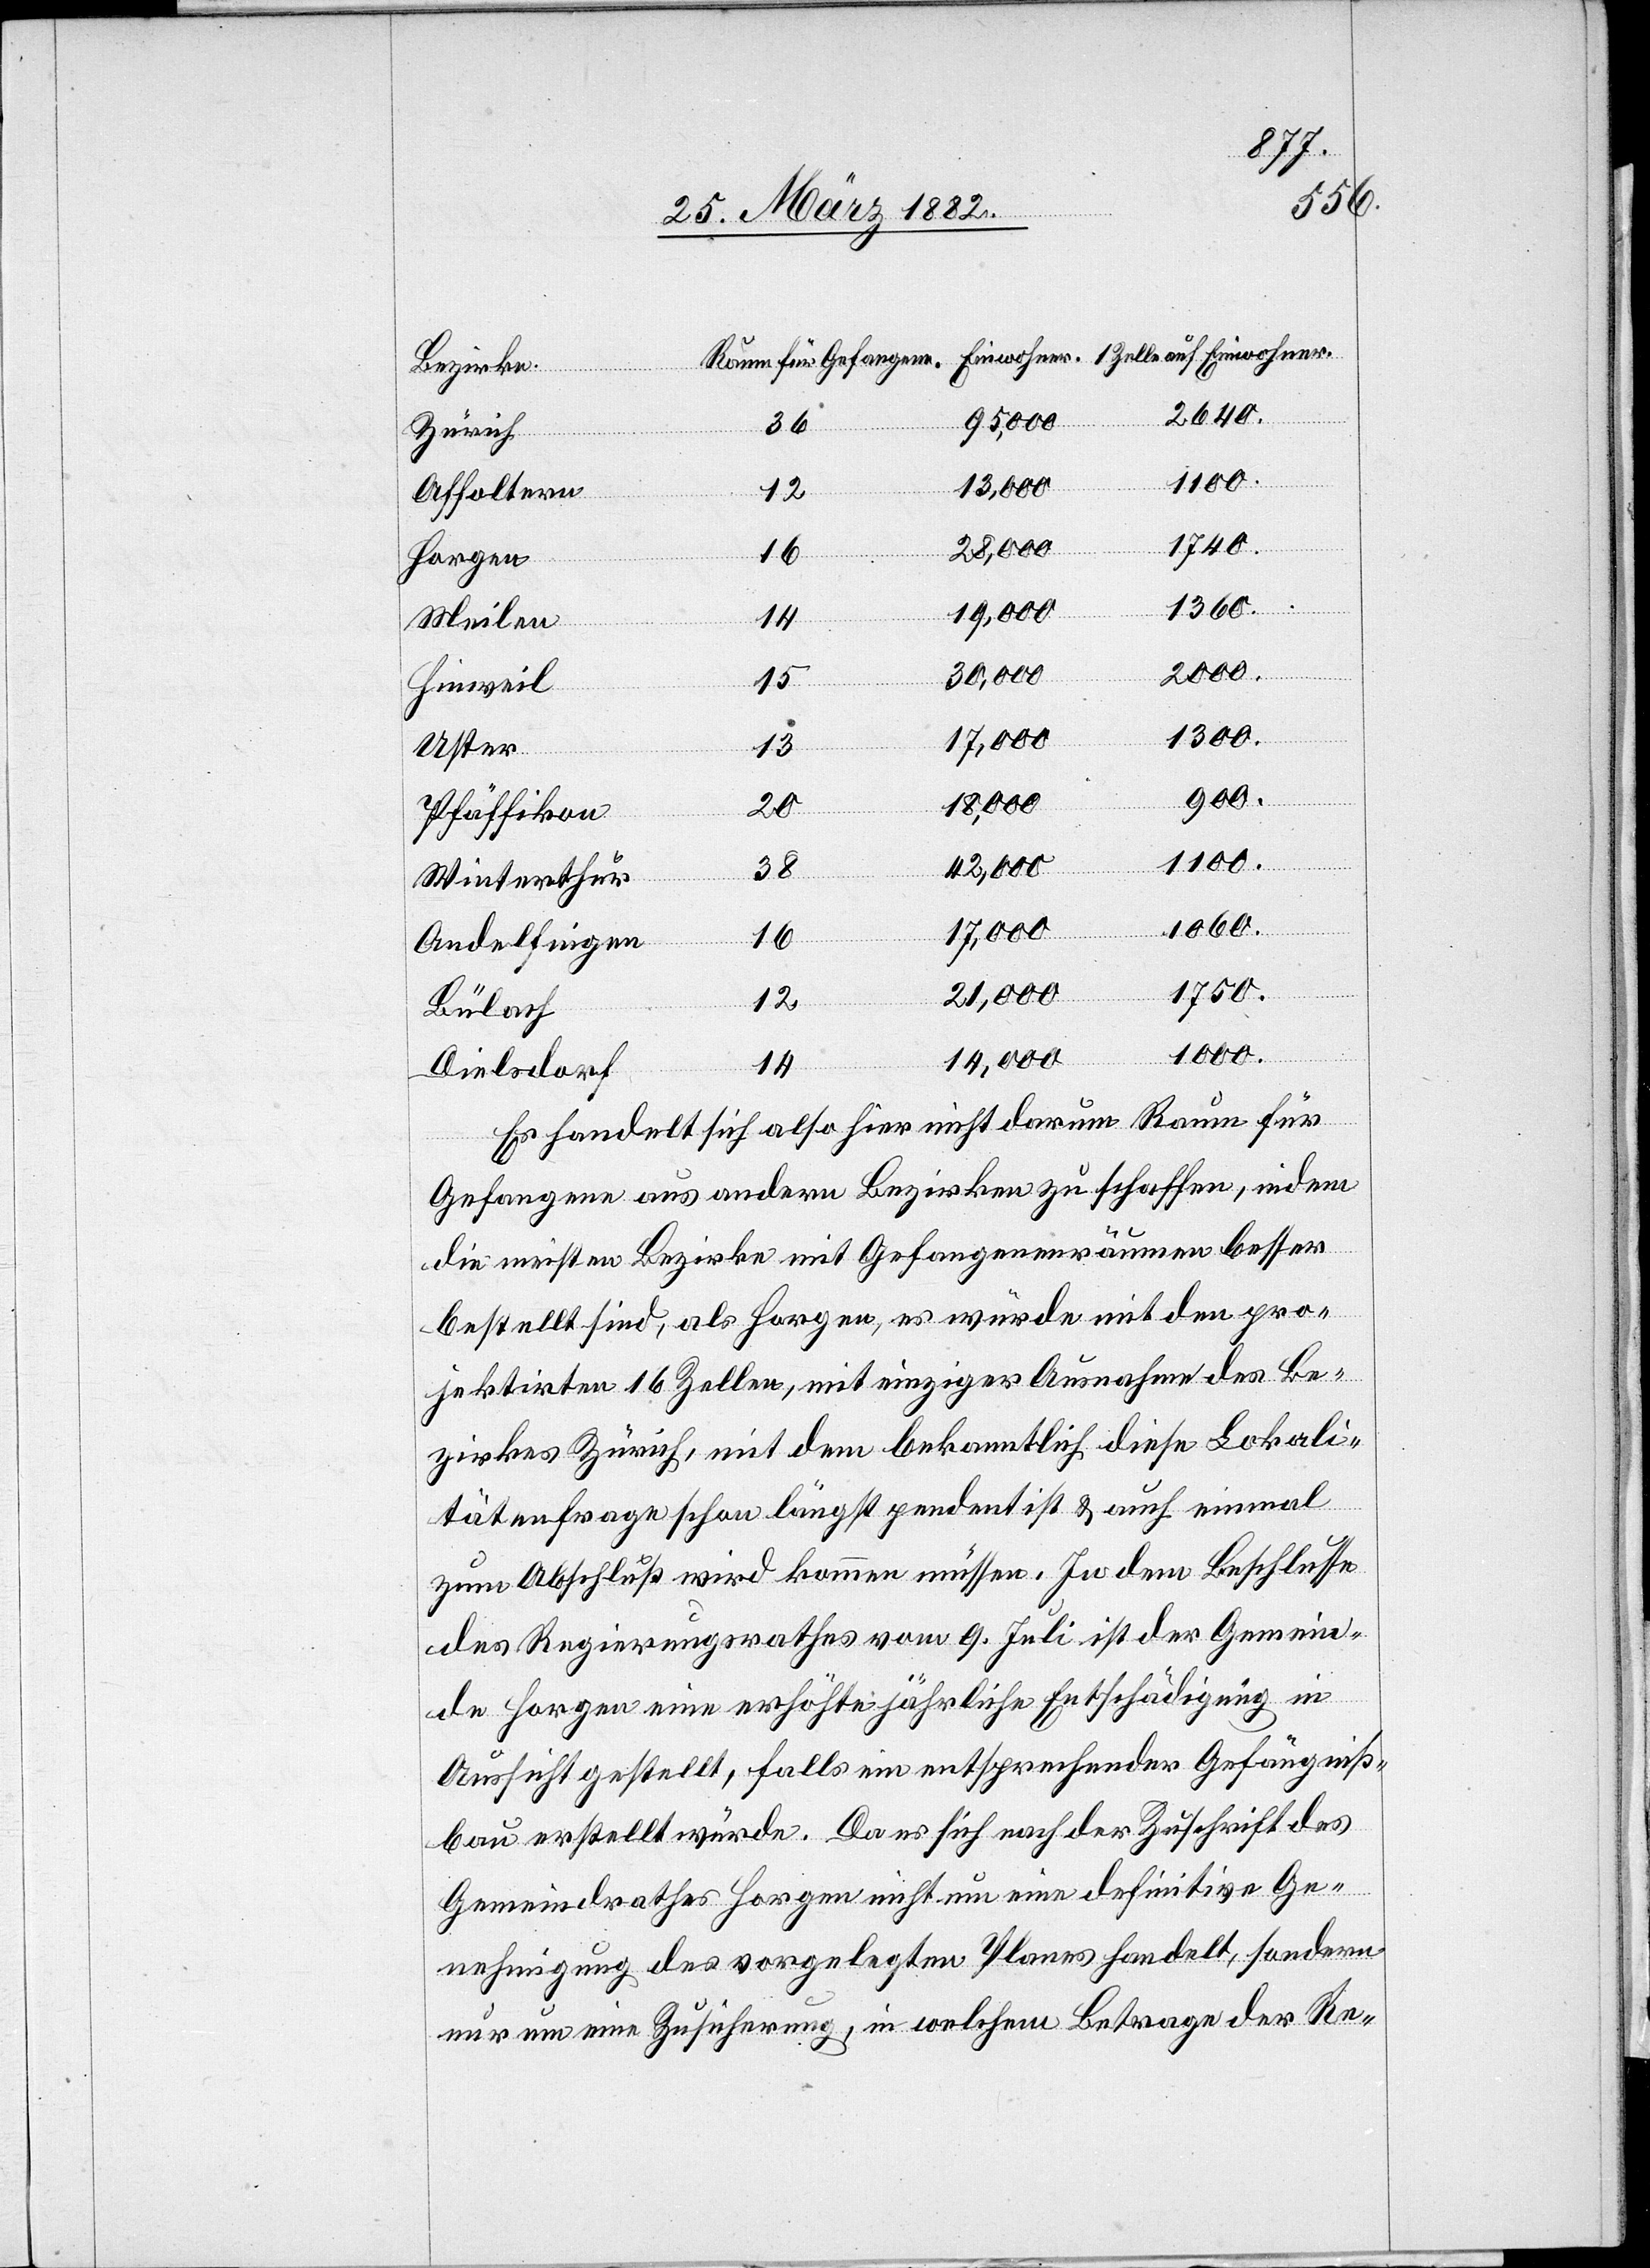
Bezirke:
2640.
14,000
36
Zürich
Affoltern
12
1740.
28,000
16
Horgen
19,000
Meilen
14
2000.
30,000
15
Hinweil
1300.
17,000
13
Uster
900.
38
Pfäffikon
1100.
auf
Ein¬
42,000
Winterthur
1060.
Andelfingen
1750.
21,000
12
Bülach
1000.
wohner.
14
Dielsdorf
Es handelt sich also hier nicht darum Raum für
Gefangene aus andern Bezirken zu schaffen, indem
die meisten Bezirke mit Gefangenenräumen besser
bestellt sind, als Horgen, es würde mit den pro¬
jektirten 16 Zellen, mit einziger Ausnahme des Be¬
zirkes Zürich, nicht dem bekanntlich diese Lokali¬
tätenfrage schon längst pendent ist & auch einmal
zum Abschluß wird kommen müssen. In dem Beschlusse
des Regierungsrathes vom 9. Juli ist der Gemein¬
de Horgen eine erhöhte jährliche Entschädigung in
Aussicht gestellt, falls ein entsprechender Gefängniß¬
bau erstellt würde. Da es sich nach der Zuschrift des
Gemeindrathes Horgen nicht um eine definitive Ge¬
nehmigung des vorgelegten Planes handelt, sondern
nur um eine Zusicherung, in welchem Betrage der Re-